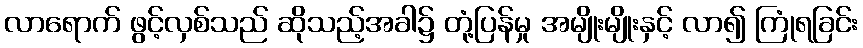
လာရောက် ဖွင့်လှစ်သည် ဆိုသည့်အခါ၌ တုံ့ပြန်မှု အမျိုးမျိုးနှင့် လာ၍ ကြုံရခြင်း